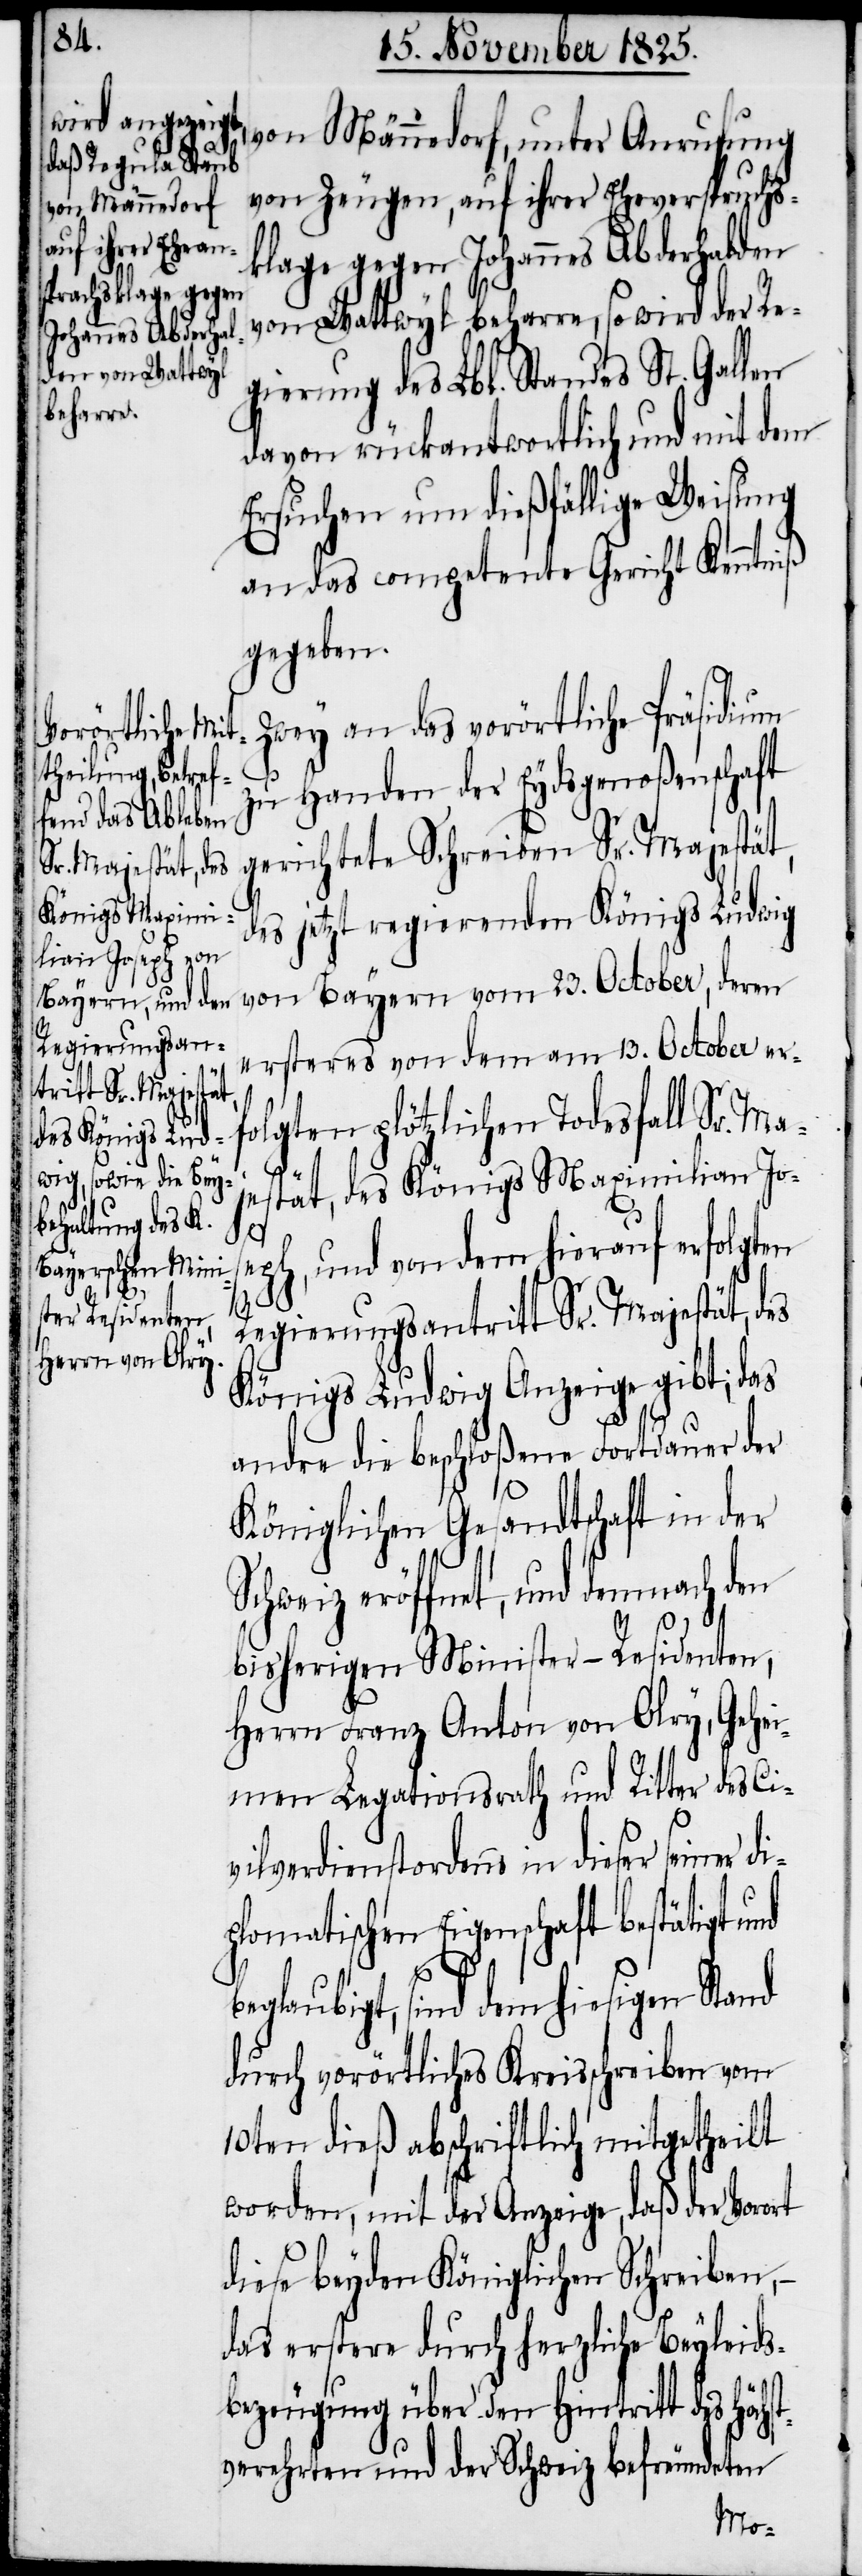
Regierungsan¬
tritt Sr. Majestät,

von Männedorf, unter Anrufung
von Zeugen, auf ihrer Eheverspruchs¬
klage gegen Johannes Abderhalden
von Wattwyl beharre, so wird der Re¬
gierung des Lbl. Standes St. Gallen
davon rückantwortlich und mit dem
Ersuchen um dießfällige Weisung
an das competente Gericht Kenntniß
gegeben.
Zwey an das vorörtliche Präsidium
zu Handen der Eydsgenoßenschaft
gerichtete Schreiben Sr. Majestät,
des jetzt regierenden Königs Ludwig
von Bayern vom 23. October, deren
ersteres von dem am 13. October er¬
folgten plötzlichen Todesfall Sr. Ma¬
jestät, des Königs Maximilian Jos¬
eph, und von dem hierauf erfolgten
Königs Ludwig Anzeige gibt; das
andre die beschloßene Fortdauer der
Königlichen Gesandtschaft in der
chweiz eröffnet, und demnach d¬
bisherigen Minister-Residenten,
Herrn Franz Anton von Olry, Gehe¬
imen Legationsrath und Ritter des Ci¬
vilverdienstordens in dieser seiner
plomatischen Eigenschaft bestätigt und
di¬
st¬
beglaubigt, sind dem hiesigen Stand
durch vorörtliches Kreisschreiben vom
10ten dieß abschriftlich mitgetheilt
worden, mit der Anzeige, daß der Vorort
diese beyden Königlichen Schreiben, –
das erstere durch herzliche Beyleids¬
bezeugung über den Hintritt des Höch¬
verehrten und der Schweiz befreundeten